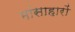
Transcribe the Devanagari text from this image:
मांसाहारों